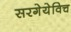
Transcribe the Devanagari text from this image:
सरगेयेविच